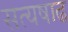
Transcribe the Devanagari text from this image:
सत्यषाढ